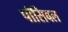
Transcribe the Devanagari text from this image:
पॉसिबल